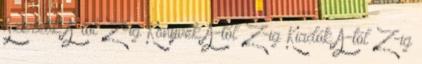
Szerzők A-tól Z-ig Könyvek A-tól Z-ig Kiadók A-tól Z-ig